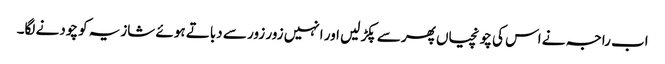
اب راجہ نے اس کی چونچیاں پھر سے پکڑ لیں اور انہیں زور زور سے دباتے ہوئے شازیہ کو چودنے لگا۔